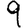
Digit: 9